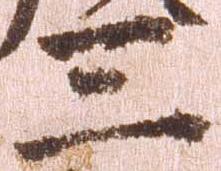
三